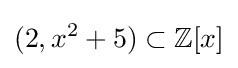
(2,x^{2}+5)\subset \mathbb {Z} [x]